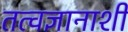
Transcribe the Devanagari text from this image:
तत्वज्ञानाशी